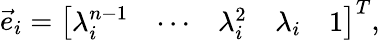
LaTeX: {\vec{e}}_{i}={\left[\begin{array}{lllll}{\lambda_{i}^{n-1}}&{\cdots}&{\lambda_{i}^{2}}&{\lambda_{i}}&{1}\end{array}\right]}^{T},